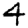
Digit: 4